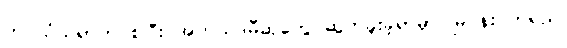
ဘဝသံသရာက စပြီး အကယ်ဒမီဆုတွေ ဆွတ်ခူးခဲ့ရာမှာ မြပန်းဝတ်ရည်၊